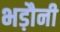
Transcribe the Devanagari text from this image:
भड़ौनी